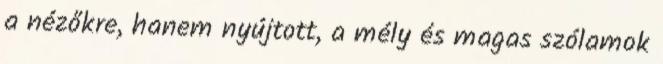
a nézőkre, hanem nyújtott, a mély és magas szólamok